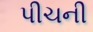
પીચની